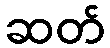
ဆတ်